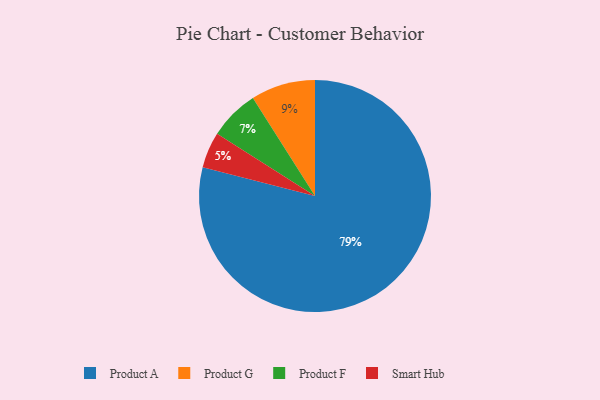
{"axis": {"x": "Category", "y": "Percentage"}, "legend": ["Product A", "Product F", "Product G", "Smart Hub"], "data": [{"x": "Product G", "y": 9, "type": "Product G"}, {"x": "Product A", "y": 79, "type": "Product A"}, {"x": "Smart Hub", "y": 5, "type": "Smart Hub"}, {"x": "Product F", "y": 7, "type": "Product F"}]}